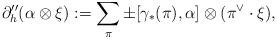
LaTeX: \begin{align*}\partial''_h(\alpha\otimes\xi) := \sum_{\pi}\pm[\gamma_*(\pi),\alpha]\otimes(\pi^{\vee}\cdot\xi),\end{align*}